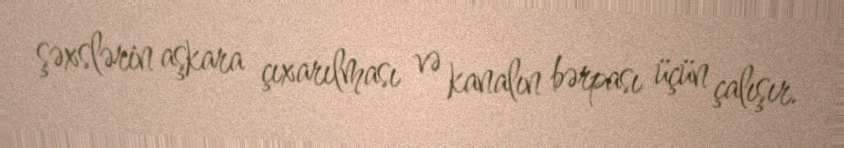
şəxslərin aşkara çıxarılması və kanalın bərpası üçün çalışır.